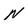
Character: N